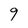
Character: 9